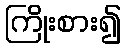
ကြိုးစား၍